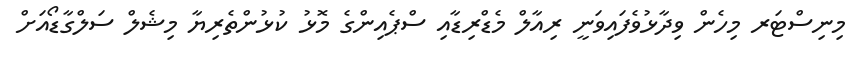
މިނިސްޓަރ މިހެން ވިދާޅުވެފައިވަނީ ރިއާލް މެޑްރިޑާއި ސްޕެއިންގެ މޮޅު ކުޅުންތެރިޔާ މިޝެލް ސަލްގާޑޯއަށް